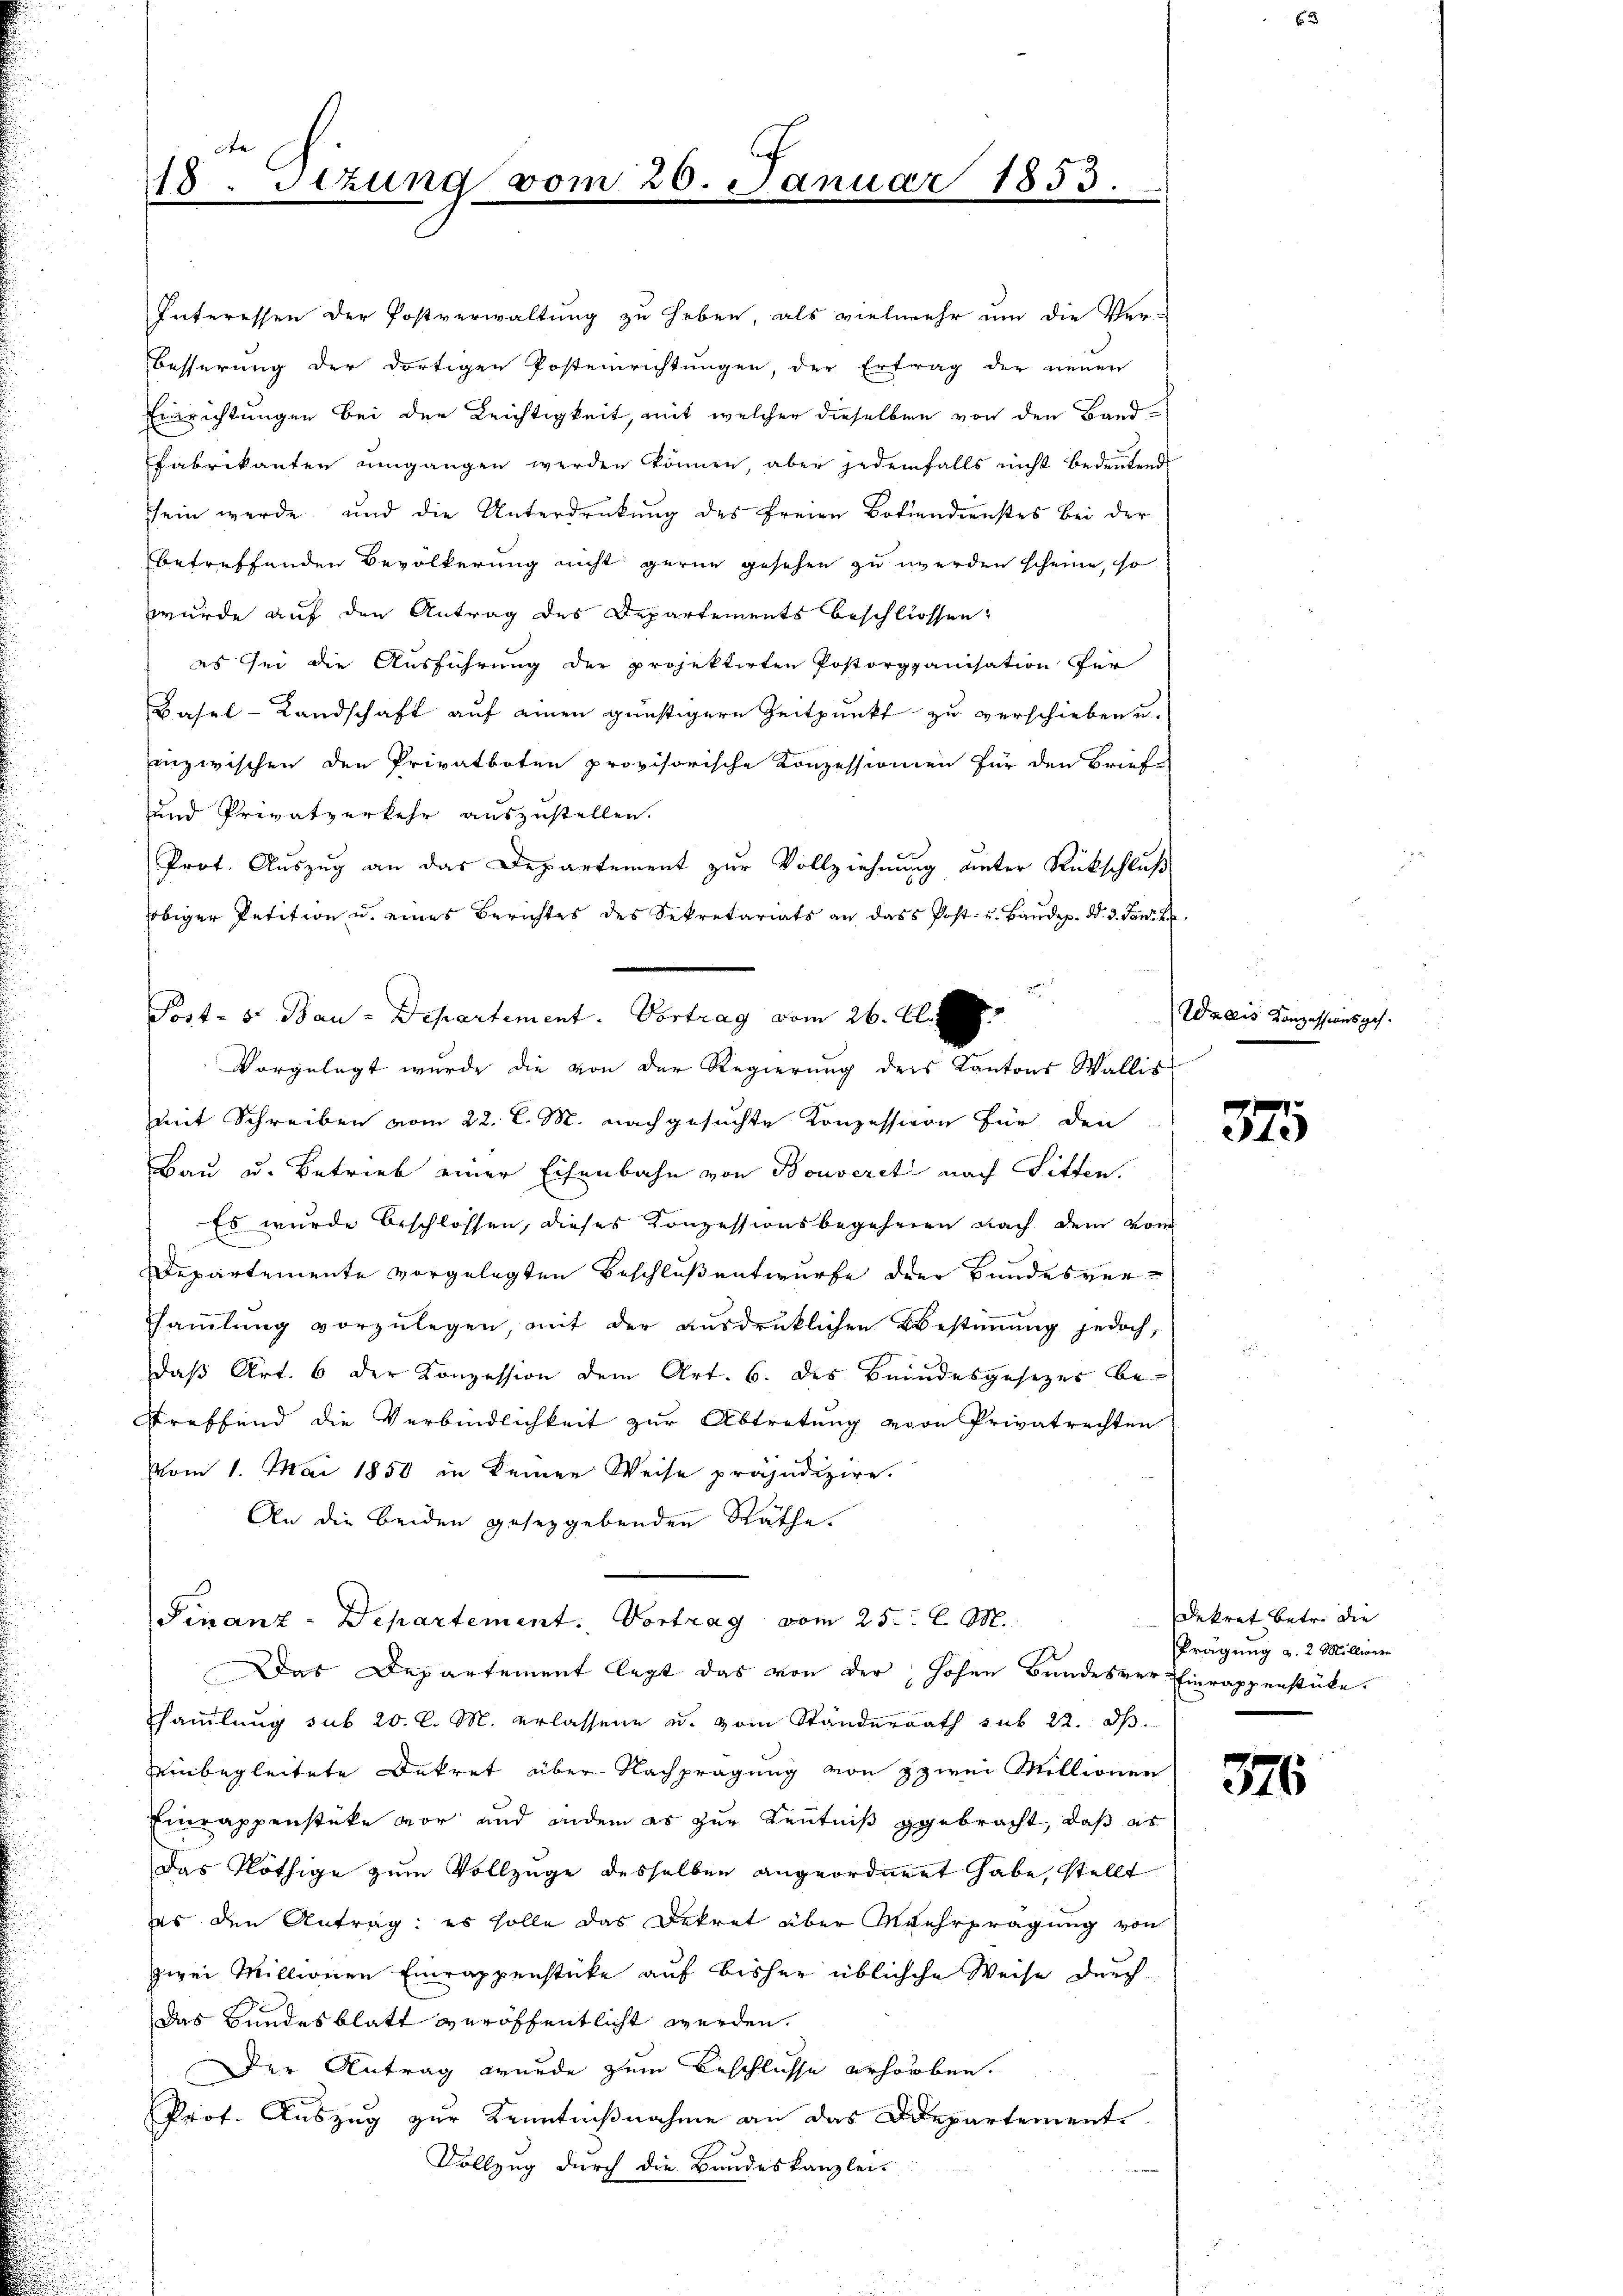
te |
18. Setzung vom

Interessen der Postverwaltung zu heben, als vielmehr um die Ver-
Besserung der dortigen Postenrichtungen, der Ertrag der neuen
Einrichtungen bei der Leichtigkeit, mit welcher dieselben von den Band-
Fabrikanten umgangen werden können, aber jedenfalls nicht bedeutend
sein werde, und die Unterdrückung des freien Botiendienstes bei der
betreffenden Bevölkerung nicht gerne gesehen zu werden scheine, so
wurde auf den Antrag des Departements beschlossen,
es sei die Ausführung der projektirten Postorganisation für
Basel-Landschaft auf einen günstigere Zeitpunkt zu verschieben u.
inzwischen den Privatboten provisorische Konzessionien für den Brief
und Privatverkehr auszustellen.
Prot. Auszug an das Departement zur Vollziehung unter Rückschluß
obiger Petition u. eines Berichtes des Sekretariats an dass Post- u. Baŭdep. d. 3. Janit
Post- u. Bau-Departement. Vortrag vom 26. A.
mit Schreiben vom 22. d. M. nachgesuchte Konzession für den
Bau u. Betrieb einer Eisenbahn von Bouverst nach Sitten.
Es wurde beschlossen, dieses Konzessionsbegehren nach dem vom
Departemente vorgelegten Beschluß entwurfe der Bundesversammlung vorzulegen, mit der ausdrüklichen Bestimmung jedoch,
daß Art. 6 der Konzession dem Art. 6. des Beindesgesezer be-
Treffend die Verbindlichkeit zur Abtretung vorn Privatrechten
vom 1. Mai 1850 in keiner Weise präjudizire.
An die beiden gesetzgebenden Räthe
Finanz-Departement. Vortrag vom 25. d. M.
Das Departement legt das von der hohen Bundesver- Einrappenstücke.
handlung sub 20. l. M. erlassene u. vom Ständerrath sub 22. ds.
einbegleitete Dekret über Nachprägung von zwei Millionen
Einrappenstücke vor und andem es zur Kenntniß gebracht, daß es
das Nöthige zum Vollzüge desselben angeordnet habe, stellt
es den Antrag: es solle das Dekret über Mehrprägung von
zwei Millionen Einrappenstücke auf bisher übliche Weise durch
das Bundesblatt veröffentlicht werden.
Der Antrag wurde zum Beschlusse erhorben.
Prof. Auszug zur Kenntnißnahme an das Departement
Vollzug durch die Bandeskanzlei-

26.

c
Januar 1853

Vorgelegt wurde die von der Regierung ders Kantons Wallis

(Wallis Konzessionsges.

57

Dekret betr. die
Prägung a. 2 Millier

376.